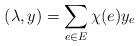
LaTeX: \begin{align*}(\lambda, y) = \sum_{e \in E} \chi(e) y_e\end{align*}